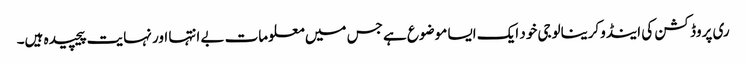
ری پروڈکشن کی اینڈوکرینالوجی خود ایک ایسا موضوع ہے جس میں‌ معلومات بے انتہا اور نہایت پیچیدہ ہیں‌۔